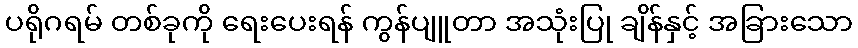
ပရိုဂရမ် တစ်ခုကို ရေးပေးရန် ကွန်ပျူတာ အသုံးပြု ချိန်နှင့် အခြားသော